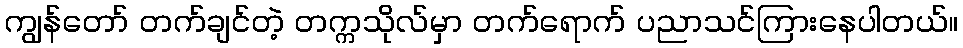
ကျွန်တော် တက်ချင်တဲ့ တက္ကသိုလ်မှာ တက်ရောက် ပညာသင်ကြားနေပါတယ်။